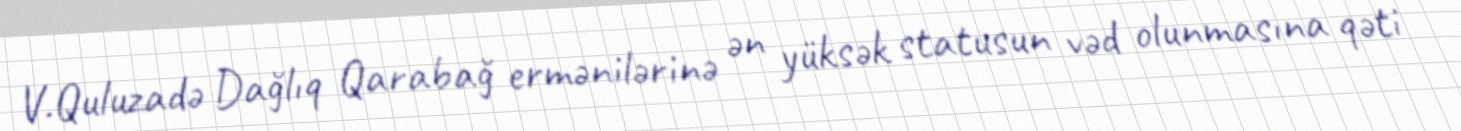
V.Quluzadə Dağlıq Qarabağ ermənilərinə ən yüksək statusun vəd olunmasına qəti